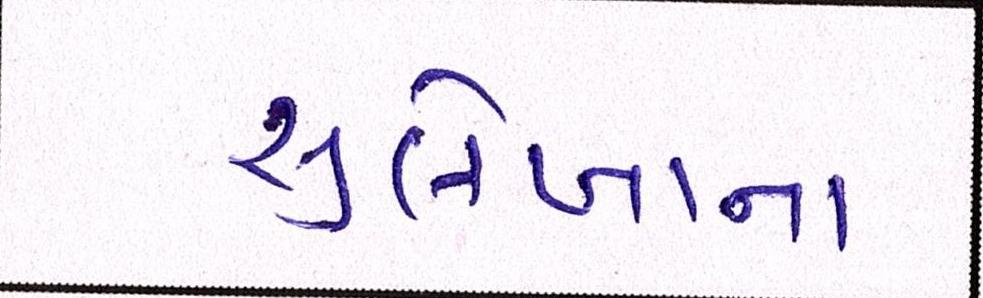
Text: સુલેખાના